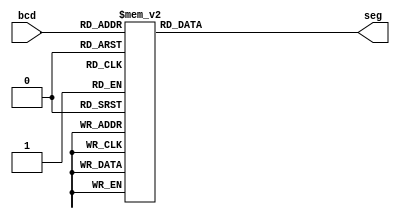
module bcd_to_7seg (
    input [3:0] bcd,
    output reg [7:0] seg
);

  always @(*) begin
    // dot, center, tl, bl, b, br, tr, t
    case (bcd)
      4'b0000: seg = 8'b11000000;  // 0
      4'b0001: seg = 8'b11111001;  // 1
      4'b0010: seg = 8'b10100100;  // 2
      4'b0011: seg = 8'b10110000;  // 3
      4'b0100: seg = 8'b10011001;  // 4
      4'b0101: seg = 8'b10010010;  // 5
      4'b0110: seg = 8'b10000010;  // 6
      4'b0111: seg = 8'b11111000;  // 7
      4'b1000: seg = 8'b10000000;  // 8
      4'b1001: seg = 8'b10010000;  // 9
      4'b1010: seg = 8'b10101011;  // N
      4'b1011: seg = 8'b10100001;  // D
      4'b1100: seg = 8'b10101111;  // R
      4'b1101: seg = 8'b10001000;  // A
      4'b1110: seg = 8'b01101011;  // W
      4'b1111: seg = 8'b11111111;  // off
      default: seg = 8'b11111111;
    endcase
  end
endmodule

module led_renderer (
    input [15:0] graphics,
    input clk,
    output reg[3:0] segSel,
    output reg[7:0] seg
);
  integer counter;
  wire [7:0] res0, res1, res2, res3;

  initial begin
    counter <= 0;
    segSel <= 14;
    seg <= 8'b11111111;
  end

  bcd_to_7seg pos0 (
      .bcd(graphics[3:0]),
      .seg(res0)
  );
  bcd_to_7seg pos1 (
      .bcd(graphics[7:4]),
      .seg(res1)
  );
  bcd_to_7seg pos2 (
      .bcd(graphics[11:8]),
      .seg(res2)
  );
  bcd_to_7seg pos3 (
      .bcd(graphics[15:12]),
      .seg(res3)
  );

  always @(posedge clk) begin
    counter <= counter + 1;
    if (counter == 100000) begin
      counter <= 0;
      case (segSel)
        14: begin
          segSel <= 13;
          seg <= res1;
        end
        13: begin
          segSel <= 11;
          seg <= res2;
        end
        11: begin
          segSel <= 7;
          seg <= res3;
        end
        7: begin
          segSel <= 14;
          seg <= res0;
        end
      endcase
    end
  end
endmodule